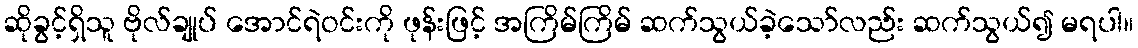
ဆိုခွင့်ရှိသူ ဗိုလ်ချုပ် အောင်ရဲဝင်းကို ဖုန်းဖြင့် အကြိမ်ကြိမ် ဆက်သွယ်ခဲ့သော်လည်း ဆက်သွယ်၍ မရပါ။